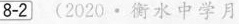
8-2 (2020·衡水中学月